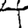
Digit: 4